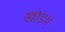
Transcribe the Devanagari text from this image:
खोड॥